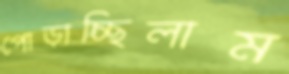
পোড়াচ্ছিলাম